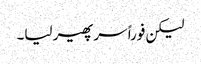
لیکن فوراً سر پھیر لیا۔